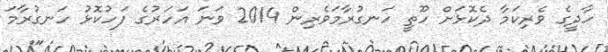
ހާދީގެ ވެރިކަމާ ދެކޮޅަށް ހޫތީ ހަނގުރާމަވެރިން 2014 ވަނަ އަހަރުގެ ފަހުކޮޅު ހަނގުރާމަ